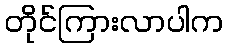
တိုင်ကြားလာပါက